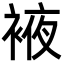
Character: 䘸